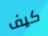
كيف